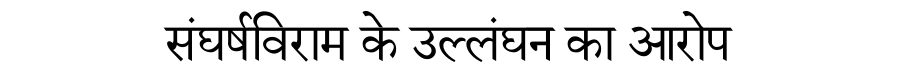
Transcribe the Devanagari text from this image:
संघर्षविराम के उल्लंघन का आरोप